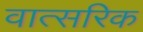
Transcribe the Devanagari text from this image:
वात्सरिक